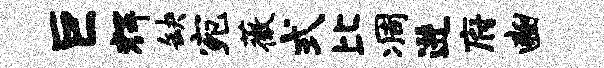
巨辉缺宛薇式比凋进府豳